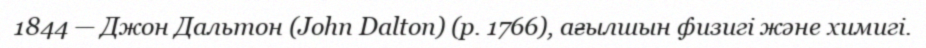
1844 — Джон Дальтон (John Dalton) (р. 1766), ағылшын физигі және химигі.